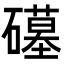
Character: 𮁒